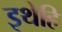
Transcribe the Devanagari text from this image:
इथेहि